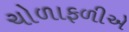
ચોળાફળીએ